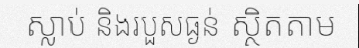
ស្លាប់ និងរបួសធ្ងន់ ស្ថិតតាម